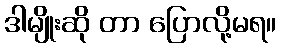
ဒါမျိုးဆို တာ ပြောလို့မရ။